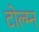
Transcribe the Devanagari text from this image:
टोल्म्न